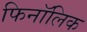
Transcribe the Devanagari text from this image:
फिनॉलिक